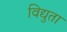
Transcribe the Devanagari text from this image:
विद्युता